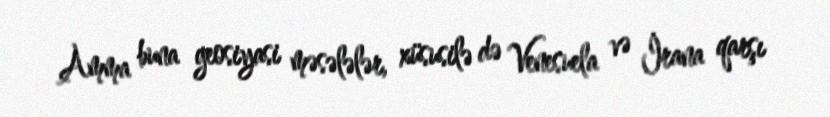
Amma buna geosiyasi məsələlər, xüsusilə də Venesuela və İrana qarşı